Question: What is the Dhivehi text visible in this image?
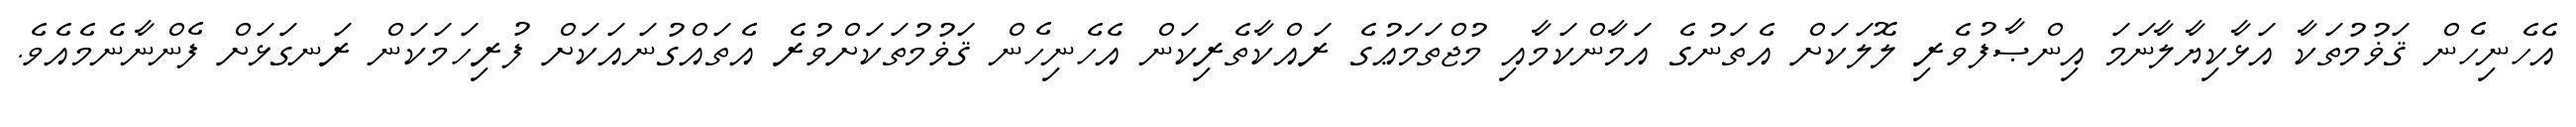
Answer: އެހެނިހެން ޤަޥުމުތަކާ އަޅާކިޔާލާނަމަ އިންޞާފުވެރި ލޮލަކަށް އެތަނުގެ އަމާންކަމާއި މުޖްތަމަޢުގެ ރައްކާތެރިކަން އެހެނިހެން ޤަޥުމުތަކަށްވުރެ އެތައްގުނައަކަށް ފުރިހަމަކަން ރަނގަޅަށް ފެންނާނެމެއެވެ.